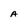
Character: A